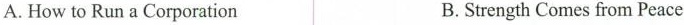
A. How to Run a Corporation B.Strength Comes from Peace